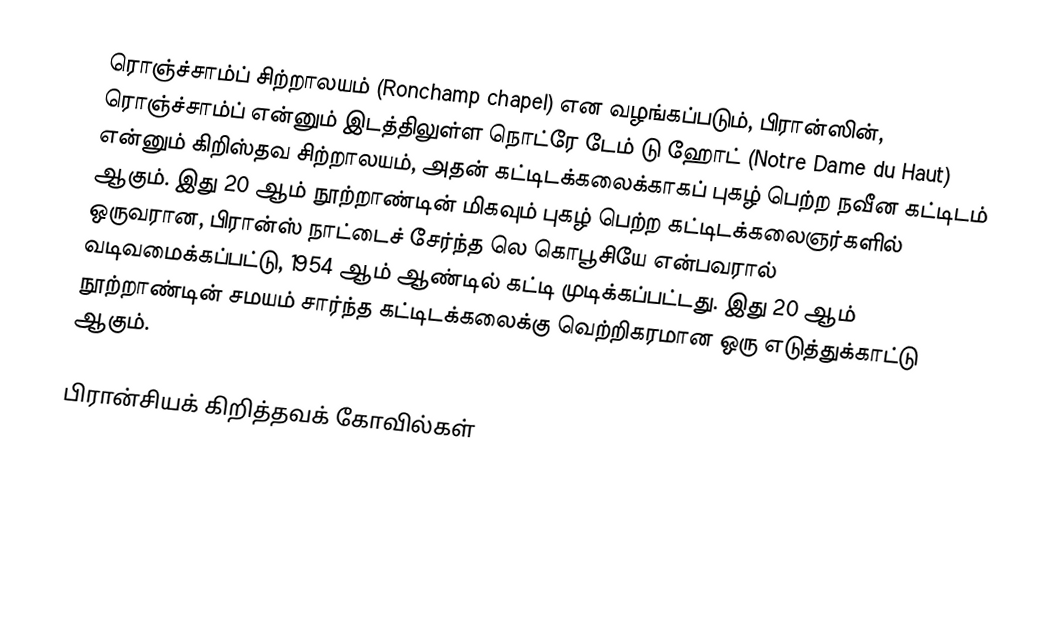
ரொஞ்ச்சாம்ப் சிற்றாலயம் (Ronchamp chapel) என வழங்கப்படும், பிரான்ஸின், ரொஞ்ச்சாம்ப் என்னும் இடத்திலுள்ள நொட்ரே டேம் டு ஹோட் (Notre Dame du Haut) என்னும் கிறிஸ்தவ சிற்றாலயம், அதன் கட்டிடக்கலைக்காகப் புகழ் பெற்ற நவீன கட்டிடம் ஆகும். இது 20 ஆம் நூற்றாண்டின் மிகவும் புகழ் பெற்ற கட்டிடக்கலைஞர்களில் ஒருவரான, பிரான்ஸ் நாட்டைச் சேர்ந்த லெ கொபூசியே என்பவரால் வடிவமைக்கப்பட்டு, 1954 ஆம் ஆண்டில் கட்டி முடிக்கப்பட்டது. இது 20 ஆம் நூற்றாண்டின் சமயம் சார்ந்த கட்டிடக்கலைக்கு வெற்றிகரமான ஒரு எடுத்துக்காட்டு ஆகும்.

பிரான்சியக் கிறித்தவக் கோவில்கள்